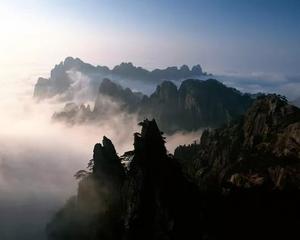
岁夜高堂列明烛，美酒一杯声一曲。